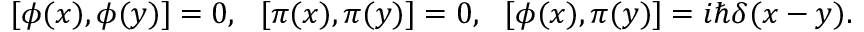
[ \phi ( x ) , \phi ( y ) ] = 0 , \ \ [ \pi ( x ) , \pi ( y ) ] = 0 , \ \ [ \phi ( x ) , \pi ( y ) ] = i \hbar \delta ( x - y ) .